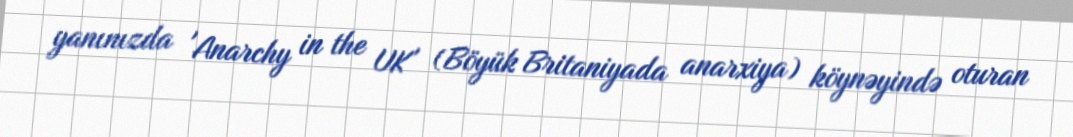
yanınızda 'Anarchy in the UK' (Böyük Britaniyada anarxiya) köynəyində oturan